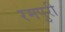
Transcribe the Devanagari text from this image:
रमपुरी